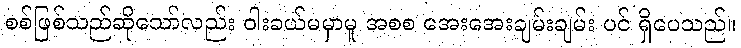
စစ်ဖြစ်သည်ဆိုသော်လည်း ဝါးခယ်မမှာမူ အစစ အေးအေးချမ်းချမ်း ပင် ရှိပေသည်။